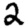
Digit: 2